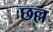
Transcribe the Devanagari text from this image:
छल्ल